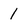
Character: 1